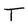
Character: T